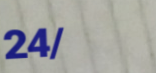
24/7